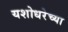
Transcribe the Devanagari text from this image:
यशोधरेच्या